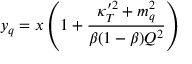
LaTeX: y _ { q } = x \left( 1 + { \frac { \kappa _ { T } ^ { \prime 2 } + m _ { q } ^ { 2 } } { \beta ( 1 - \beta ) Q ^ { 2 } } } \right)